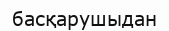
басқарушыдан